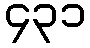
၄၃၁